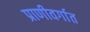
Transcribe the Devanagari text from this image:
प्राणीवर्गात